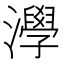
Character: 㶅